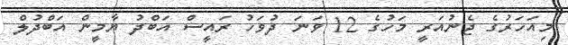
މިއަހަރުގެ ޖެނުއަރީ މަހުގެ 12 ވަނަ ދުވަހު ރައީސް އަބްދު ޔާމީން އަބްދުލް